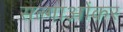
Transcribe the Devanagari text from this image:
सल्गाओंकर